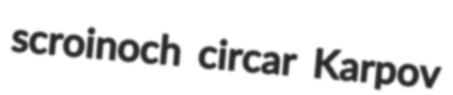
scroinoch circar Karpov